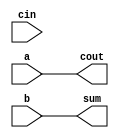
/*
 *  Implements 1bit approximate adder
 *
 *
 *  Permission to use, copy, modify, and/or distribute this software for any
 *  purpose with or without fee is hereby granted, provided that the above
 *  copyright notice and this permission notice appear in all copies.
 *
 *  THE SOFTWARE IS PROVIDED "AS IS" AND THE AUTHORS DISCLAIM ALL WARRANTIES
 *  WITH REGARD TO THIS SOFTWARE INCLUDING ALL IMPLIED WARRANTIES OF
 *  MERCHANTABILITY AND FITNESS. IN NO EVENT SHALL THE AUTHORS BE LIABLE FOR
 *  ANY SPECIAL, DIRECT, INDIRECT, OR CONSEQUENTIAL DAMAGES OR ANY DAMAGES
 *  WHATSOEVER RESULTING FROM LOSS OF USE, DATA OR PROFITS, WHETHER IN AN
 *  ACTION OF CONTRACT, NEGLIGENCE OR OTHER TORTIOUS ACTION, ARISING OUT OF
 *  OR IN CONNECTION WITH THE USE OR PERFORMANCE OF THIS SOFTWARE.
 *
 */


module x1_approx_add (

    // According to paper C_in is not used in ApproxAdd4 circuit
    // So we define it as input in order to avoid syntax error in
    // simulation and synthesis but we don't connect it to anything.

    input a, // 1-bit input A
    input b, // 1-bit input B
    input cin, // 1-bit input carry in
    output sum, // 1-bit output sum
    output cout // 1-bit output carry 
);

    assign cout = a;
    assign sum = b;

endmodule